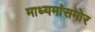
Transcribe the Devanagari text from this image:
माध्यमांसमोर